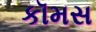
કૉમસ